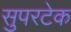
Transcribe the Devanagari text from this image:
सुपरटेक